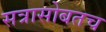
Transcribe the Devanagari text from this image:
सत्रासोबतच